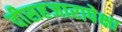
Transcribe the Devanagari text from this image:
वीसहजारापेक्षा